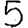
Digit: 5